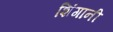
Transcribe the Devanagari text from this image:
शिंगानी